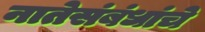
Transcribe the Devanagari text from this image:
नातेसंबंधांचे